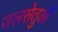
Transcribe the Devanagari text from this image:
जलसेतुओं